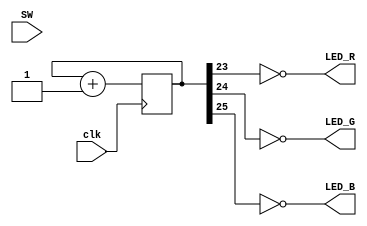
//light up the leds according to a counter to cycle through every one

module top(input [3:0] SW, input clk, output LED_R, output LED_G, output LED_B);
   reg [25:0] counter;

   assign LED_R = ~counter[23];
   assign LED_G = ~counter[24];
   assign LED_B = ~counter[25];

   initial begin
      counter = 0;
   end

   always @(posedge clk)
   begin
      counter <= counter + 1;
   end
endmodule // top